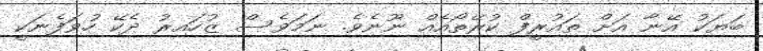
ބަޔަކު އޭނާ އަށް ތައުރީފް ކުރޭތޯއެއް ނޫނެވެ. ނަމަވެސް ޒުހައިރު ދެކޭ ހުވަފެނަކީ